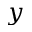
y